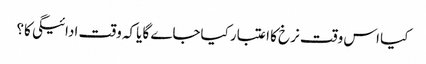
کیا اس وقت نرخ کا اعتبار کیاجاے گا یاکہ وقت ادائیگی کا؟